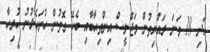
އަދި 18 ވަނަ ރައްޔިތުން މަޖްލީސް އިންތިޙާބާއި ބެހޭ ގޮތުން ހުށަހެޅުނު ހުރިހާ